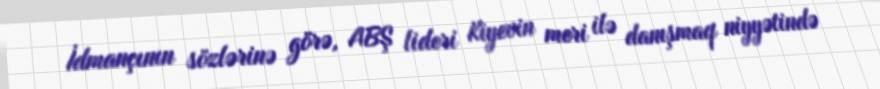
İdmançının sözlərinə görə, ABŞ lideri Kiyevin meri ilə danışmaq niyyətində